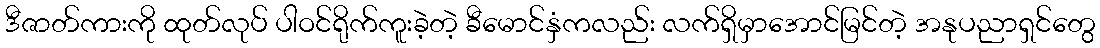
ဒီဇာတ်ကားကို ထုတ်လုပ် ပါဝင်ရိုက်ကူးခဲ့တဲ့ ခီမောင်နှံကလည်း လက်ရှိမှာအောင်မြင်တဲ့ အနုပညာရှင်တွေ